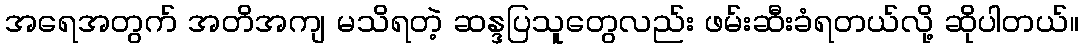
အရေအတွက် အတိအကျ မသိရတဲ့ ဆန္ဒပြသူတွေလည်း ဖမ်းဆီးခံရတယ်လို့ ဆိုပါတယ်။